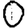
Digit: 0